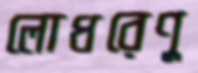
লোধরেণু